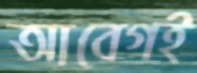
আবেগই